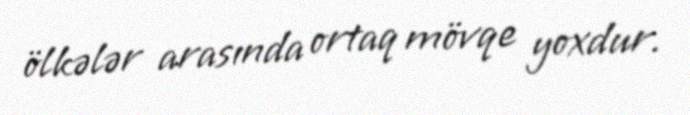
ölkələr arasında ortaq mövqe yoxdur.